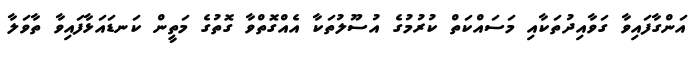
އަންގާފައިވާ ގަވާއިދުތަކާއި މަސައްކަތް ކުރުމުގެ އުސޫލުތަކާ އެއްގޮތްވާ ގޮތުގެ މަތީން ކަނޑައަޅާފައިވާ ތާވަލާ